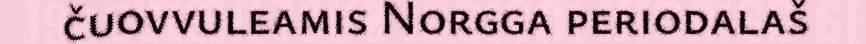
čuovvuleamis Norgga periodalaš